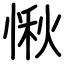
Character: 愀